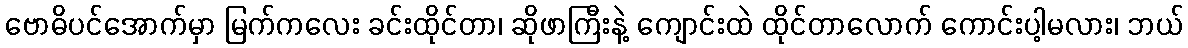
ဗောဓိပင်အောက်မှာ မြက်ကလေး ခင်းထိုင်တာ၊ ဆိုဖာကြီးနဲ့ ကျောင်းထဲ ထိုင်တာလောက် ကောင်းပါ့မလား၊ ဘယ်